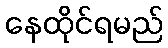
နေထိုင်ရမည်